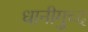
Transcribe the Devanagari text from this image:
धानीगुच्द